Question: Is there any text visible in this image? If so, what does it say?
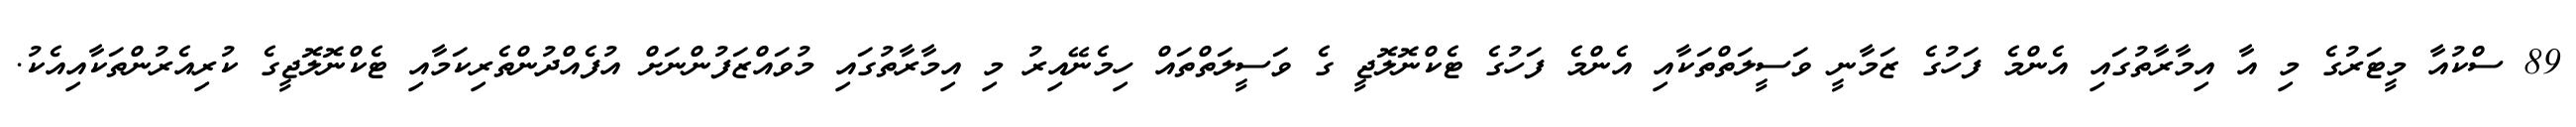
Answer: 89 ސްކުއާ މީޓަރުގެ މި އާ އިމާރާތުގައި އެންމެ ފަހުގެ ޒަމާނީ ވަސީލަތްތަކާއި އެންމެ ފަހުގެ ޓެކްނޮލޮޖީ ގެ ވަސީލަތްތައް ހިމެނޭއިރު މި އިމާރާތުގައި މުވައްޒަފުންނަށް އުފެއްދުންތެރިކަމާއި ޓެކްނޮލޮޖީގެ ކުރިއެރުންތަކާއިއެކު.